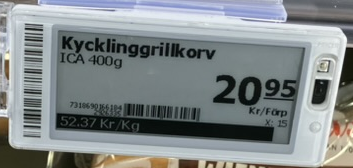
Vara: Kycklinggrillkorv
Genomsnittspris: 52.37 per kg